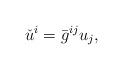
LaTeX: \begin{align*}\check{u}^i = \bar{g}^{ij} u_j,\end{align*}